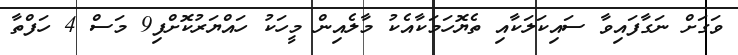
ވަގަށް ނަގާފައިވާ ސައިކަލަކާއި ތެޔޮހަމަކާއެކު މާލެއިން މީހަކު ހައްޔަރުކޮށްފި9 މަސް 4 ހަފްތާ